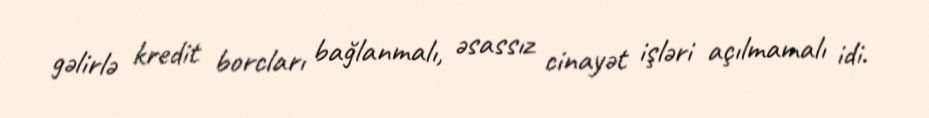
gəlirlə kredit borcları bağlanmalı, əsassız cinayət işləri açılmamalı idi.